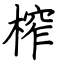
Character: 榨